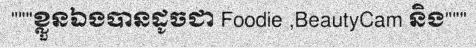
"""ខ្លួនឯងបានដូចជា Foodie ,BeautyCam និង"""